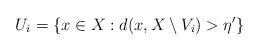
LaTeX: \begin{align*}U_i = \{ x\in X : d(x,X\setminus V_i ) > \eta' \}\end{align*}